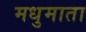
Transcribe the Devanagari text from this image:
मधुमाता